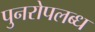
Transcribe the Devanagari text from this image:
पुनरोपलब्ध